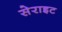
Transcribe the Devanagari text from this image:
सेराइट